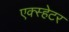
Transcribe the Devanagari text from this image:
एक्स्हेटर